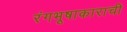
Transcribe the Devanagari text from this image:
रंगभूषाकाराची